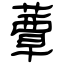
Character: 蕈